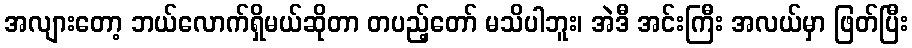
အလျားတော့ ဘယ်လောက်ရှိမယ်ဆိုတာ တပည့်တော် မသိပါဘူး၊ အဲဒီ အင်းကြီး အလယ်မှာ ဖြတ်ပြီး